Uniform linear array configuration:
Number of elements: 32
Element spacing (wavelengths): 0.25
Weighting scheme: kaiser
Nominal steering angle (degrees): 15
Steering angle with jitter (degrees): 16.502
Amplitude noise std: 0.05
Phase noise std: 0.05

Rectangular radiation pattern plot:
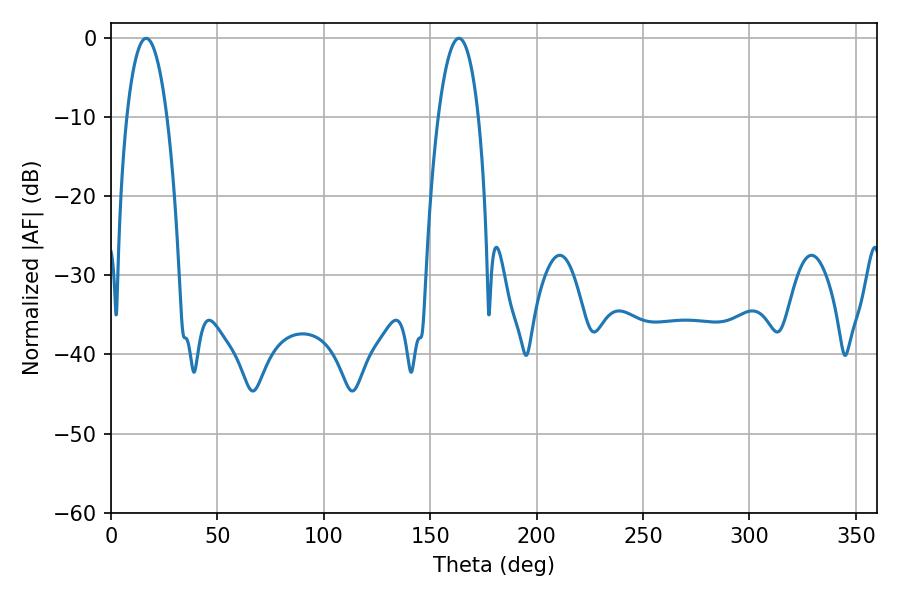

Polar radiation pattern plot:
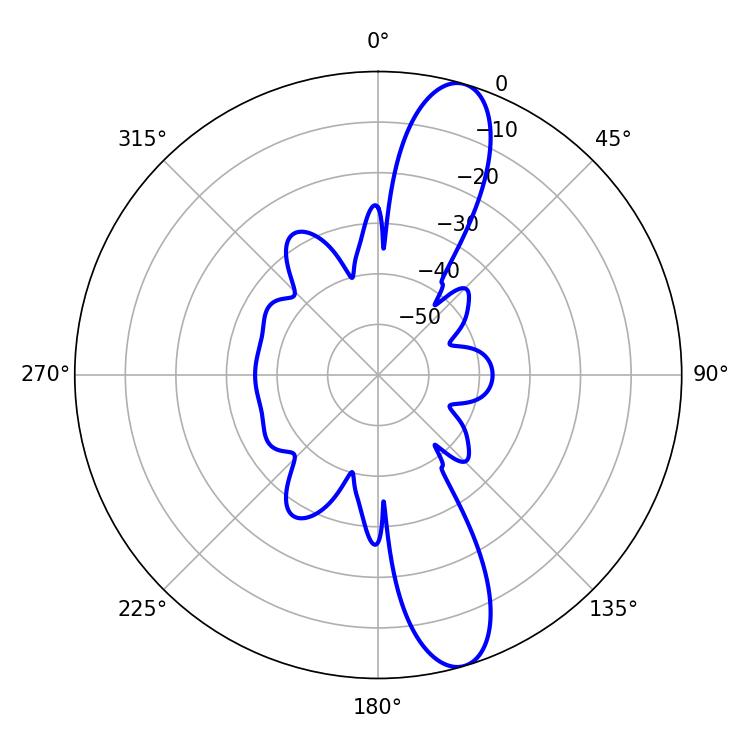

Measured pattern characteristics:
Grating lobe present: FALSE
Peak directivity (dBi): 12.537
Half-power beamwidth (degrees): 10.62
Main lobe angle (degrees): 16.56